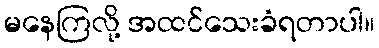
မနေကြလို့ အထင်သေးခံရတာပါ။